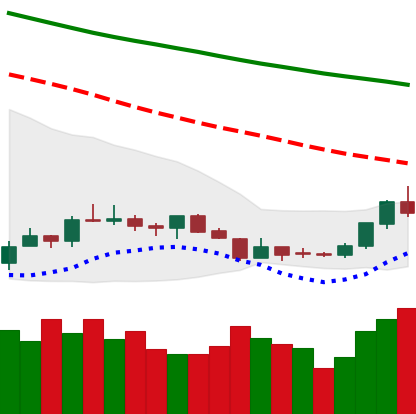
Ticker: LTC-USD
Chart end date: 2018-07-18
Forward return: -5.208%
Label: down_5_7